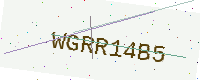
Text: WGRR14B5